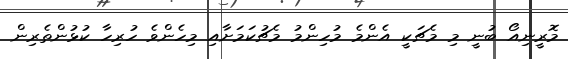
މޮރީނިއޯ ބުނީ މި މެޗަކީ އެންމެ މުހިންމު މެޗުކަމަށާއި މިހެންވެ ހުރިހާ ކުޅުންތެރިން